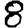
Digit: 8